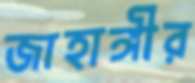
জাহাঙ্গীর